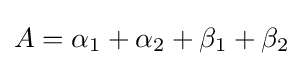
A=\alpha _{1}+\alpha _{2}+\beta _{1}+\beta _{2}